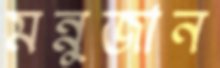
মন্নুজান